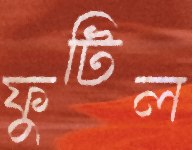
ফুটিল